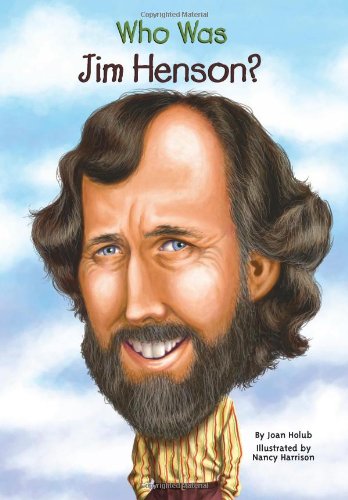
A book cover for Who Was Jim Henson?; Joan Holub; Children's Books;